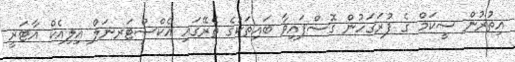
އިތުރުން ސީކަމް ގެ ފުރަގަހުން ގޮސްފައިވާ ބައިތަކުގެ ތެރޭގައި އެކްސްޓަރނަލް އިލިއެކް އާޓަރީ